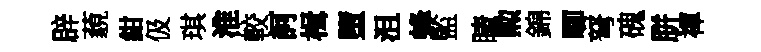
辟藐紺伋琪淮較訶楫墮沮蜂監睛勲錦唧弩磈胼禈